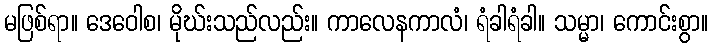
မဖြစ်ရာ။ ဒေဝေါစ၊ မိုဃ်းသည်လည်း။ ကာလေနကာလံ၊ ရံခါရံခါ။ သမ္မာ၊ ကောင်းစွာ။